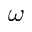
\omega